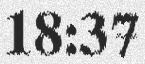
18:37